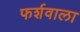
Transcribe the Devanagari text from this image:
फर्शवाला